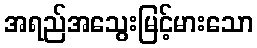
အရည်အသွေးမြင့်မားသော